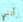
أنني